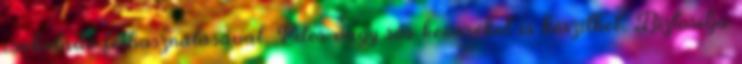
csokoládé felhasználásával. Édes vagy sós keveréket is készíthet. Biztosítja